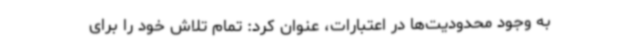
به وجود محدودیت‌ها در اعتبارات، عنوان کرد: تمام تلاش خود را برای